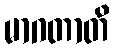
မာဂတာတိ